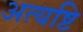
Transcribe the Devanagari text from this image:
अत्यष्टि